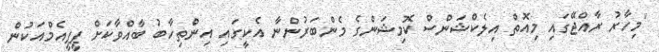
"މިހާރު ރާއްޖޭގައި މިއޮތް އިލެކްޝަންސް ކޮމިޝަންގެ މެންބަރުންނާ އެކީގައި އިންތިހާބު ބާއްވާކަށް ޕީޕީއެމްއަކުން